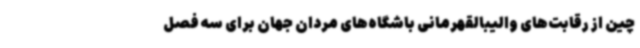
چین از رقابت‌های والیبالقهرمانی باشگاه‌های مردان جهان برای سه فصل